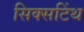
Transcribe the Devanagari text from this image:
सिक्सटिंथ